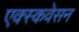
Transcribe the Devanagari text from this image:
एक्स्कवेसन